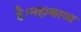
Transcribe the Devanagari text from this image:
है।महाकाव्य